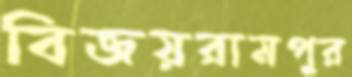
বিজয়রামপুর